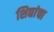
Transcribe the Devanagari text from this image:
शिद्यांचा